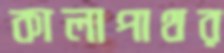
কালাপাথর